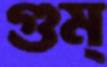
গুম্‌